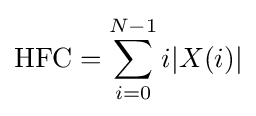
\mathrm {HFC} =\sum _{i=0}^{N-1}i|X(i)|